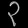
Digit: ၃